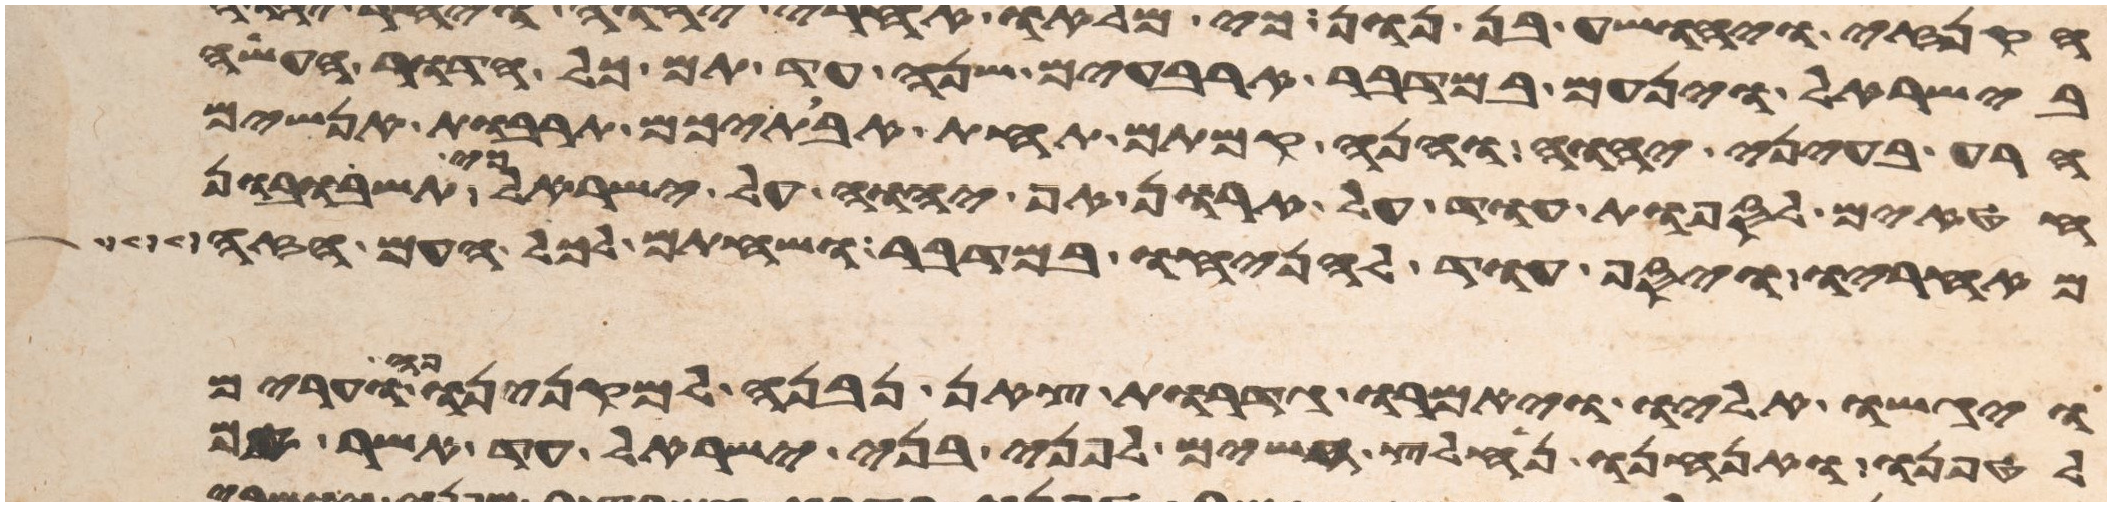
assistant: בישראל וינעם במדבר ארבעים שנה עד תם כל הדור העשה
הרע בעיני יהוה והנה קמתם תחת אבתיכם תרבות אנשים
חטאים לספות עוד על חרון אף יהוה על ישראל כי תשובון
מאחריו ויסף עוד להניחו במדבר ושחתם לכל העם הזה
ויגשו אליו ויאמרו גדרות צאן נבנה למקנינו פה וערים
לטפנו ואנחנו נחלץ חשים לפני בני ישראל עד אשר אם